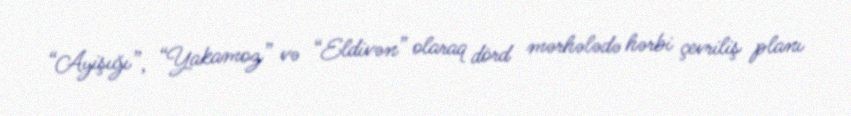
“Ayişığı”, “Yakamoz” və “Eldivən” olaraq dörd mərhələdə hərbi çevriliş planı